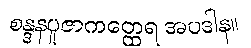
စန္ဒနပူဇာကတ္ထေရ အပဒါန။